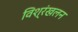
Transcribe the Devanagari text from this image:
विश्रंखलन